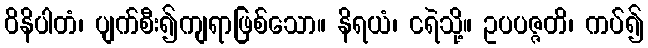
ဝိနိပါတံ၊ ပျက်စီး၍ကျရာဖြစ်သော။ နိရယံ၊ ငရဲသို့။ ဥပပဇ္ဇတိ၊ ကပ်၍